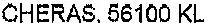
CHERAS, 56100 KL